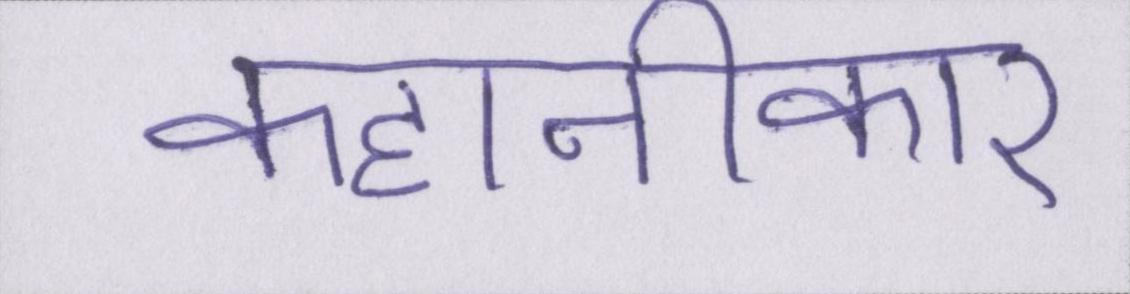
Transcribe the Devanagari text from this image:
कहानीकार